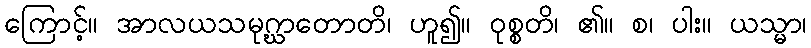
ကြောင့်။ အာလယသမုဂ္ဃာတောတိ၊ ဟူ၍။ ဝုစ္စတိ၊ ၏။ စ၊ ပါး။ ယသ္မာ၊